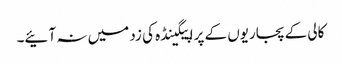
کالی کے پجاریوں کے پراپیگینڈہ کی زد میں نہ آئیے۔